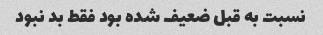
نسبت به قبل ضعیف شده بود فقط بد نبود